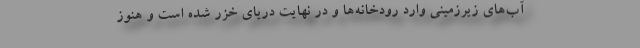
آب‌های زیرزمینی وارد رودخانه‌ها و در نهایت دریای خزر شده است و هنوز